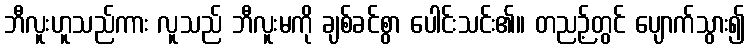
ဘီလူးဟူသည်ကား လူသည် ဘီလူးမကို ချစ်ခင်စွာ ပေါင်းသင်း၏။ တညဉ့်တွင် ပျောက်သွား၍